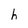
Character: h